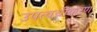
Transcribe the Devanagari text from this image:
उपत्वचीकरण